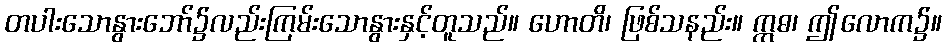
တပါးသောနွားဘော်၌လည်းကြမ်းသောနွားနှင့်တူသည်။ ဟောတိ၊ ဖြစ်သနည်း။ ဣဓ၊ ဤလောက၌။